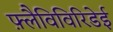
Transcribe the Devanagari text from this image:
फ़्लैविविरिडेई